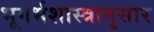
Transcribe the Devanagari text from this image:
भूगर्भशास्त्रानुसार